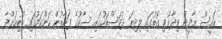
ރައީސް ޔާމީން ވިދާޅުވި ގޮތުގަައި މިދިޔަ ދުވަސްތަކުގައި ސާކުގެ ފަރާތުން ކަންކަމުގައި ކުރިއަށްދާ